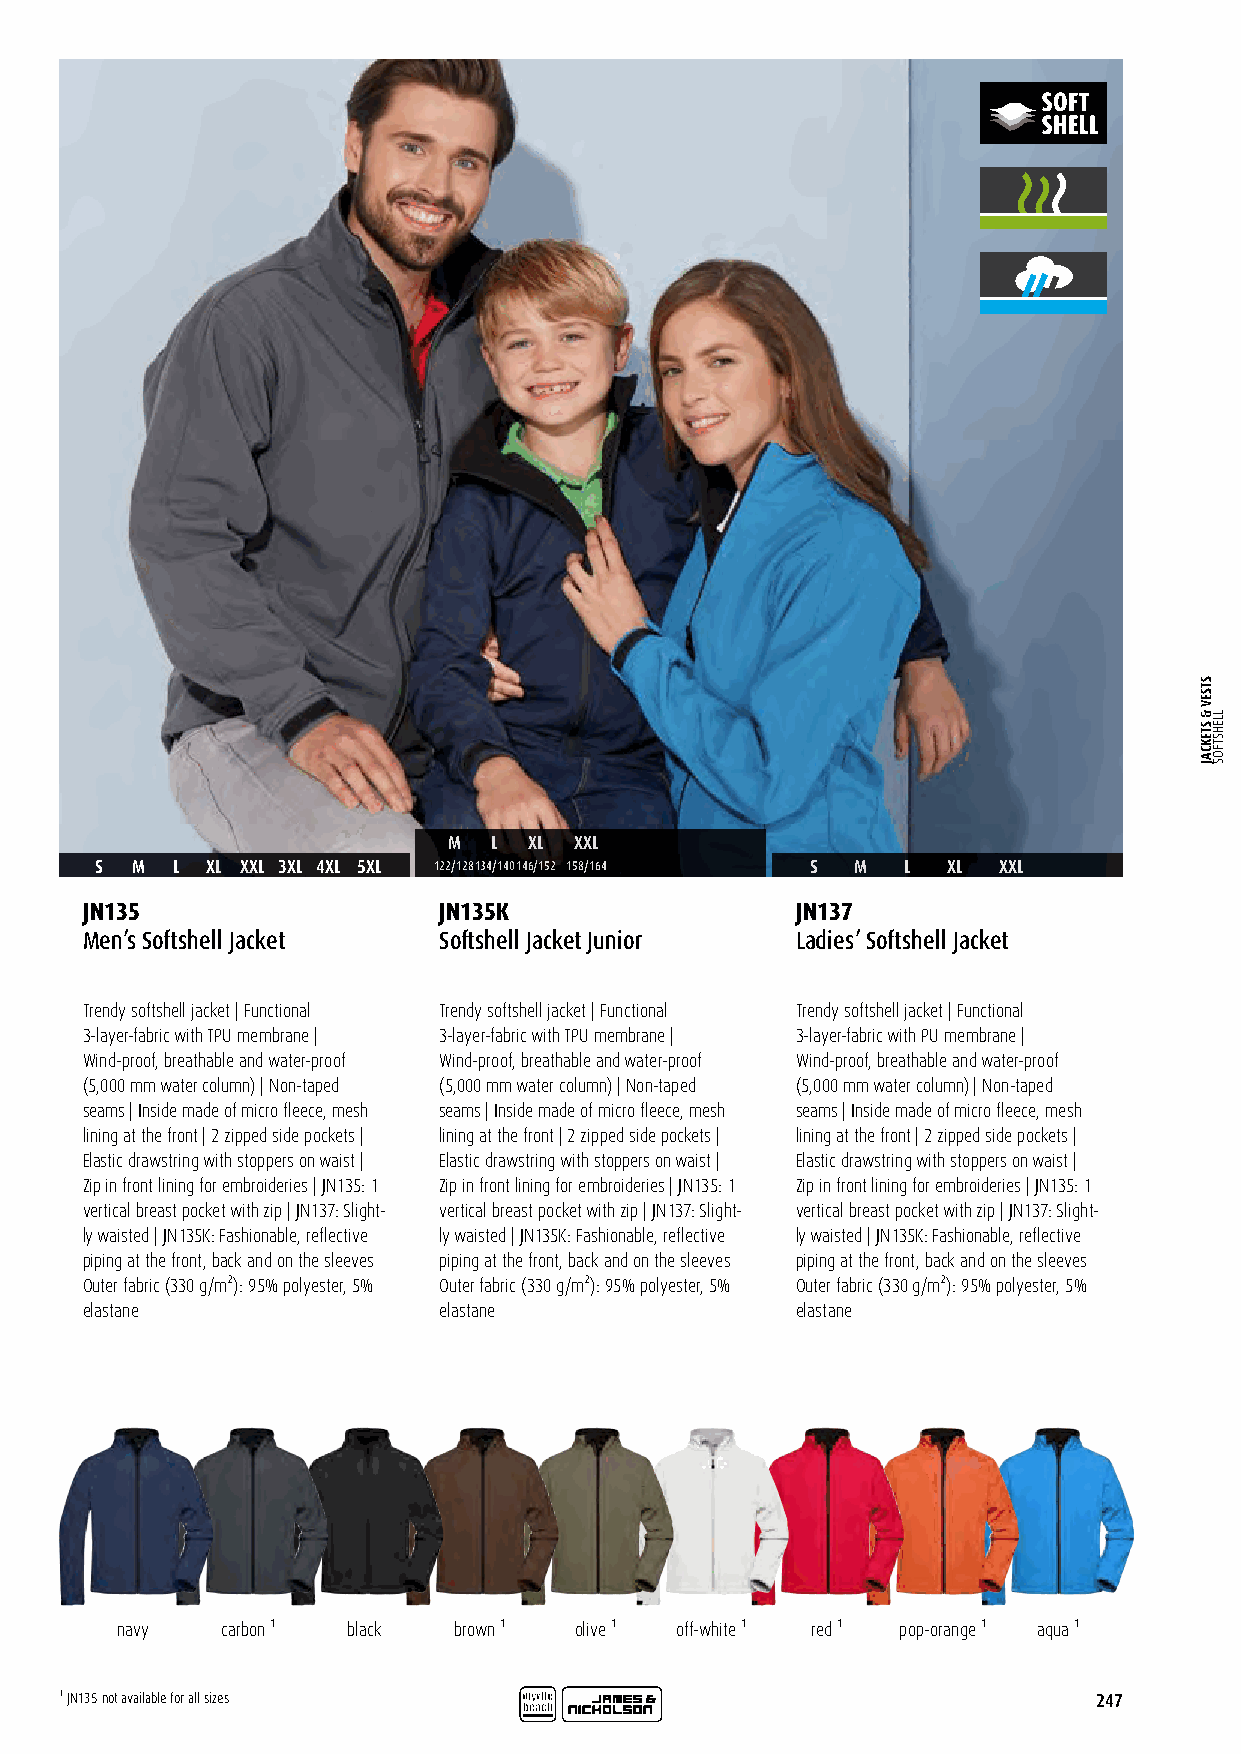
M  L XL XXL
 S  M  L XL XXL 3XL 4XL 5XL 122/128134/140146/152 158/164 S M L XL XXL
 JN135                   JN135K                  JN137
 Men’s Softshell Jacket  Softshell Jacket Junior Ladies’ Softshell Jacket
 Trendy softshell jacket | Functional Trendy softshell jacket | Functional Trendy softshell jacket | Functional
 3-layer-fabric with TPU membrane | 3-layer-fabric with TPU membrane | 3-layer-fabric with PU membrane |
 Wind-proof, breathable and water-proof Wind-proof, breathable and water-proof Wind-proof, breathable and water-proof
 (5,000 mm water column) | Non-taped (5,000 mm water column) | Non-taped (5,000 mm water column) | Non-taped
 seams | Inside made of micro fleece, mesh seams | Inside made of micro fleece, mesh seams | Inside made of micro fleece, mesh
 lining at the front | 2 zipped side pockets | lining at the front | 2 zipped side pockets | lining at the front | 2 zipped side pockets |
 Elastic drawstring with stoppers on waist | Elastic drawstring with stoppers on waist | Elastic drawstring with stoppers on waist |
 Zip in front lining for embroideries | JN135: 1 Zip in front lining for embroideries | JN135: 1 Zip in front lining for embroideries | JN135: 1
 vertical breast pocket with zip | JN137: Slight- vertical breast pocket with zip | JN137: Slight- vertical breast pocket with zip | JN137: Slight-
 ly waisted | JN135K: Fashionable, reflective ly waisted | JN135K: Fashionable, reflective ly waisted | JN135K: Fashionable, reflective
 piping at the front, back and on the sleeves piping at the front, back and on the sleeves piping at the front, back and on the sleeves
 Outer fabric (330 g/m²): 95% polyester, 5% Outer fabric (330 g/m²): 95% polyester, 5% Outer fabric (330 g/m²): 95% polyester, 5%
 elastane                elastane                elastane
 navy   carbon ¹ black brown ¹ olive ¹ off-white ¹ red ¹ pop-orange ¹ aqua ¹
 ¹ JN135 not available for all sizes                                  247
 STSEV
 &
 STEKCAJ
 LLEHSTFOS